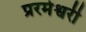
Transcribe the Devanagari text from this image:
प्ररमेश्वरी